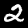
Label: 2